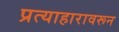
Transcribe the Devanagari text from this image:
प्रत्याहारावरून